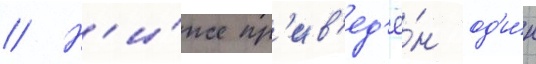
// Н'и́же пр'ив'ед'ё́н од'и́н